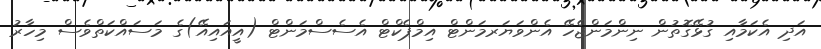
އަދި އެކަމާއި ގުޅޭގޮތުން ނިންމަންޖެހޭ އެންވަޔަރމަންޓް އިމްޕެކްޓް އެސެސްމަންޓް (އީއައިއޭ)ގެ މަސައްކަތްވެސް މިހާރު